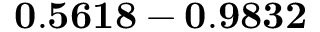
\mathbf { 0 . 5 6 1 8 - 0 . 9 8 3 2 }